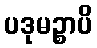
ပဒုမဉ္စာပိ